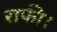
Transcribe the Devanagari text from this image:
राफी।